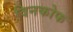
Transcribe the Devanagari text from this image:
विनकोफ